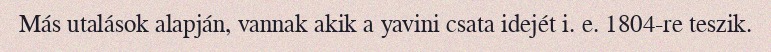
Más utalások alapján, vannak akik a yavini csata idejét i. e. 1804-re teszik.